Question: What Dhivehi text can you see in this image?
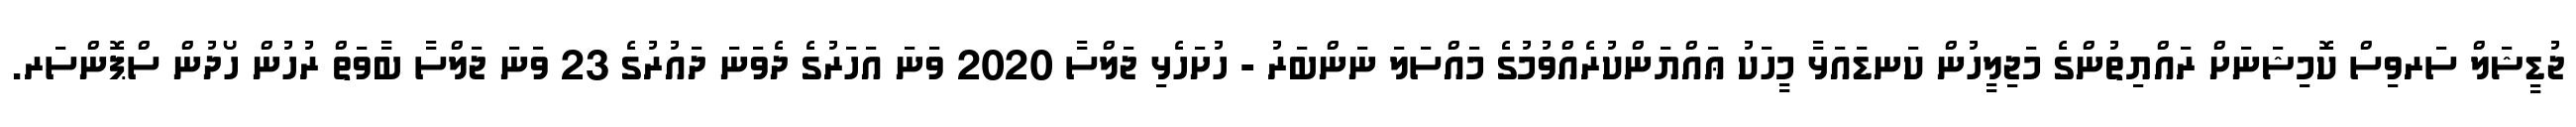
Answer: ޖުޑީޝަލް ސަރވިސް ކޮމިޝަނަށް ރައްޔިތުންގެ މަޖިލީހުން ކަނޑައަޅާ މީހަކު ޢައްޔަންކުރެއްވުމުގެ މައްސަލަ ނަންބަރު - ހުށަހެޅި ޖަލްސާ 2020 ވަނަ އަހަރުގެ ދެވަނަ ދައުރުގެ 23 ވަނަ ޖަލްސާ ބާވަތް ރުހުން ހޯދުން ސްޕޮންސަރ.